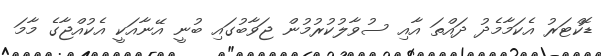
ޑޮކްޓަރު އެކަމާމެދު ދައްތަ އާއި ސުވާލުކުރުމުން ޖަވާބުގައި ބުނީ އޭނާއަކީ އެކުއްޖާގެ މާމަ